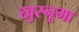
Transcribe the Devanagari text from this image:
खुस्नूमा